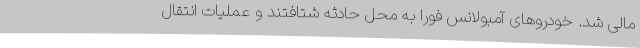
مالی شد. خودروهای آمبولانس فورا به محل حادثه شتافتند و عملیات انتقال